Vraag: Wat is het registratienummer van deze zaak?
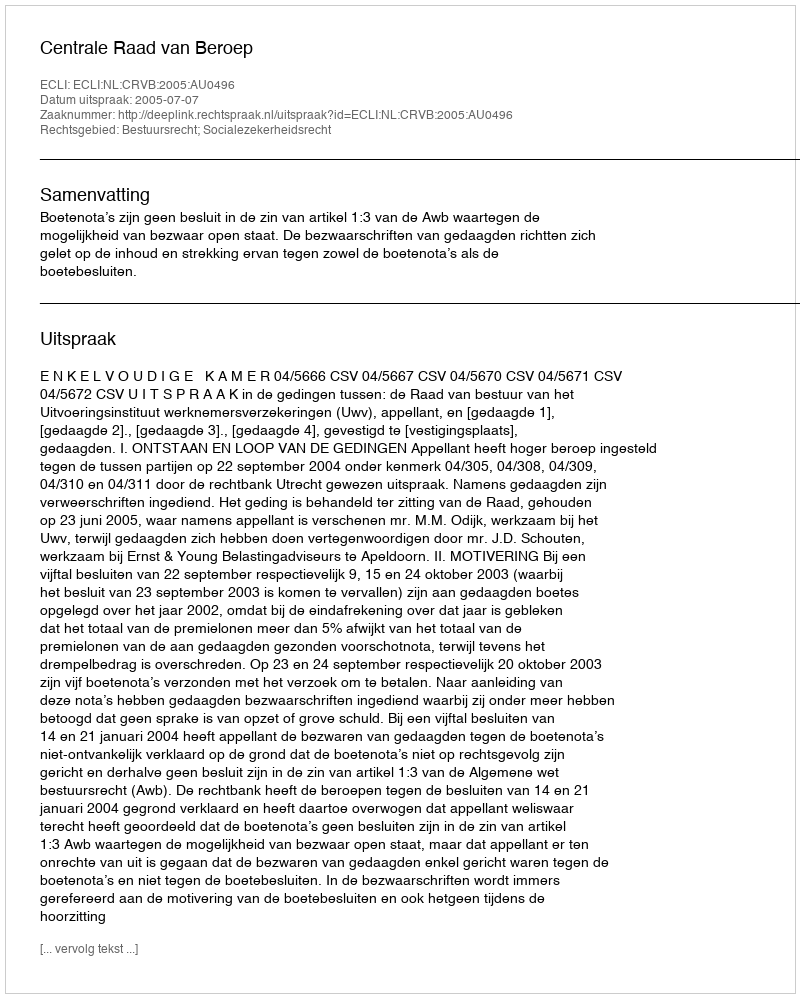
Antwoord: http://deeplink.rechtspraak.nl/uitspraak?id=ECLI:NL:CRVB:2005:AU0496